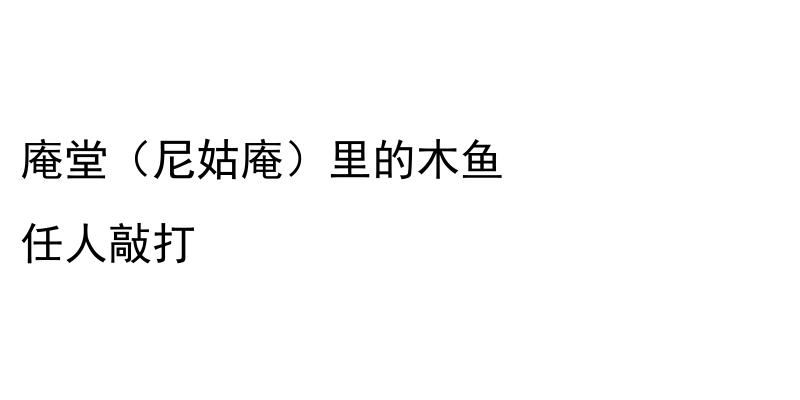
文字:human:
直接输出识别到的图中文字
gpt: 庵堂（尼姑庵）里的木鱼 任人敲打